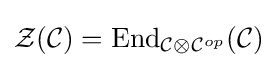
{\mathcal {Z}}({\mathcal {C}})=\mathrm {End} _{{\mathcal {C}}\otimes {\mathcal {C}}^{op}}({\mathcal {C}})